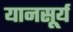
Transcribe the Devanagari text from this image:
यानसूर्य